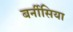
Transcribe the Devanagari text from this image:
बर्नीसिया